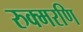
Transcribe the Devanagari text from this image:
रुक्मरणि